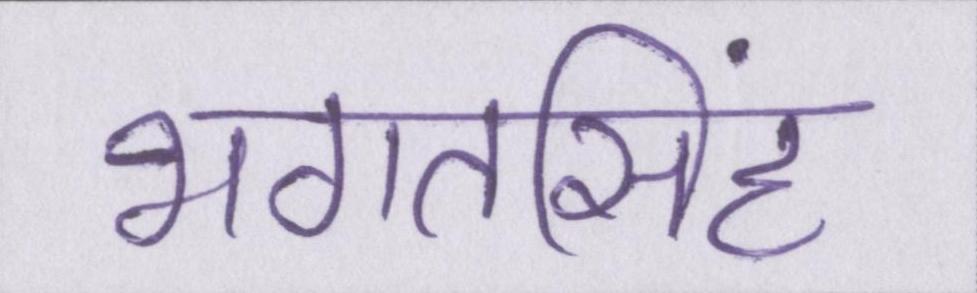
भगतसिंह